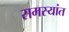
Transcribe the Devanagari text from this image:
समस्यांत